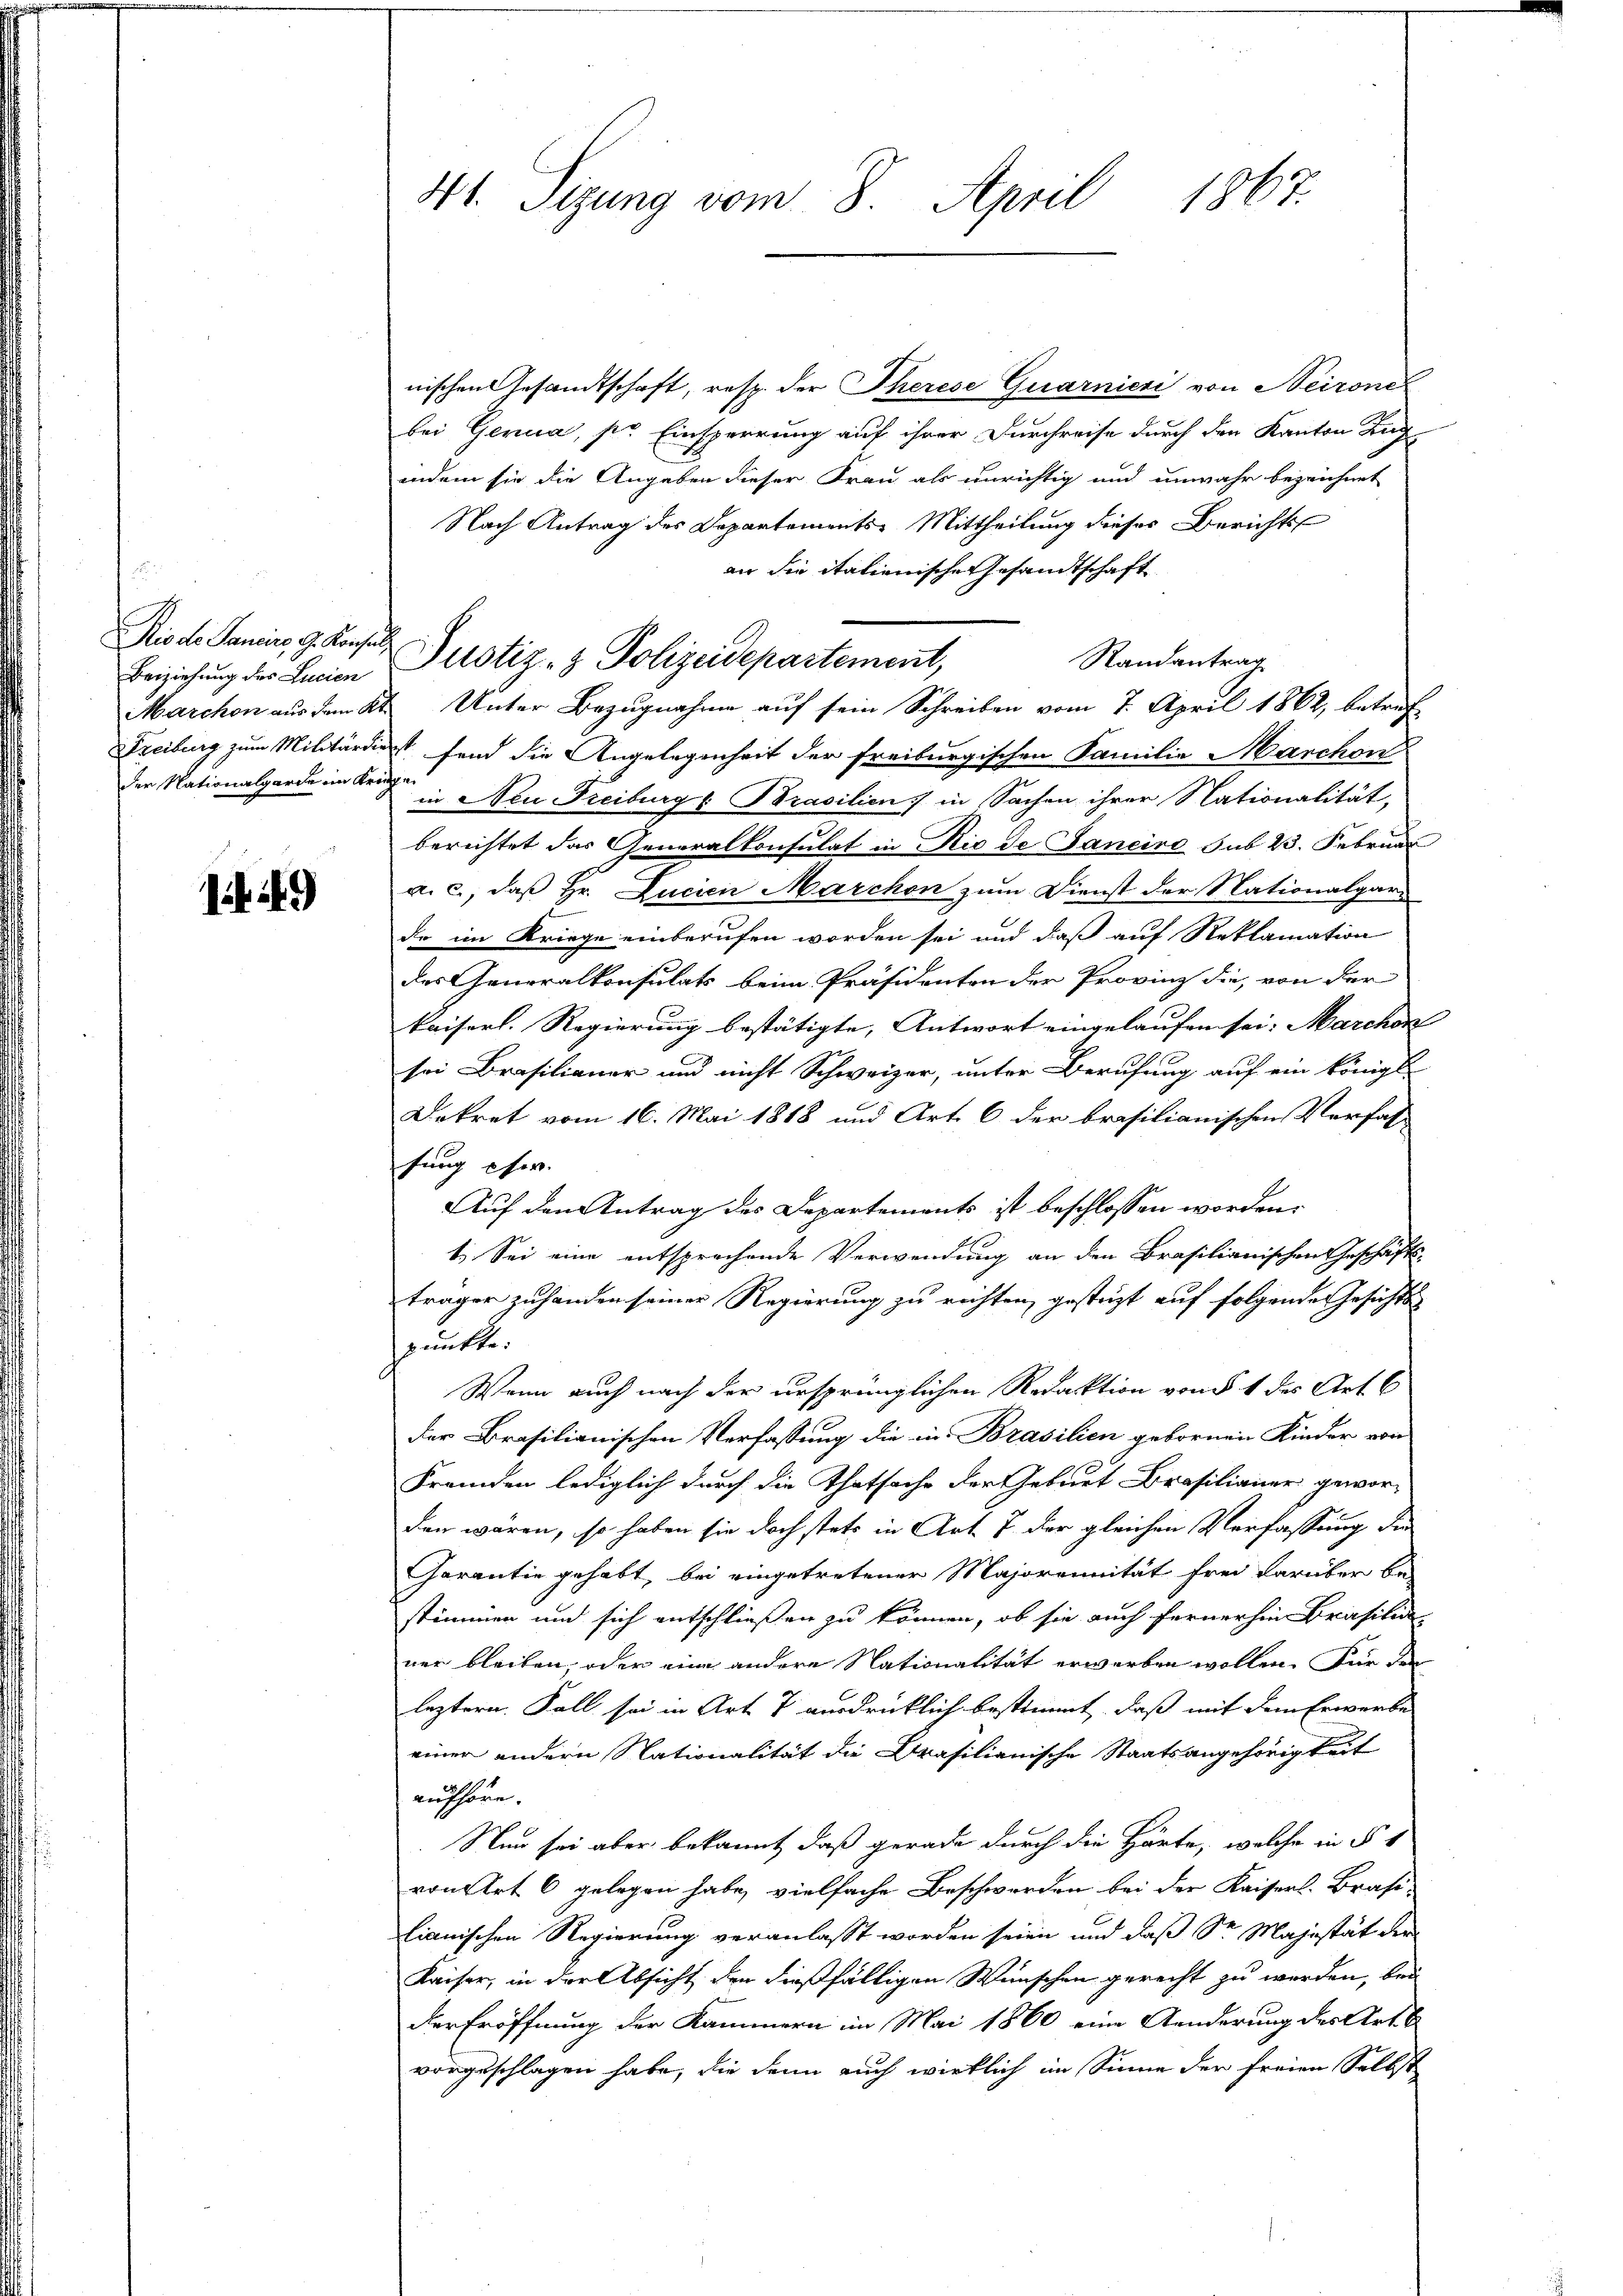
Beiziehung des Lucien
der Nationalgarde im Kriege

1249)

41. Sizung vom 8. April 1867.

nischen Gesandtschaft, resp. der Therese Quarnieri von Neironi
bei Genua, pr Einsperrung auf ihrer Durchreise durch den Kanton Zug
indem sie die Angeben dieser Frau als unrichtig und unwahr bezeichnet
Nach Antrag des Departements-Mittheilung dieses Berichts
an die italienischer Gesandtschaft
Rische Sanin, 9. Konsen Pustiz- & Polizeidepartement,
Randantrag
Marchon aus dem Kt. Unter Bezugnahme auf sein Schreiben vom 7. April 1862, betref
Freiburg zum Militärdienst fand die Angelegenheit der freiburgischen Familie Marchon
in Neu Freiburgs Brasilien) in Sachen ihrer Nationalität,
berichtet das Generalkonsulat in Rio de Janeiro sub 23. Februar
a. c., daß Hr. Lucian Marchen zum Dienst der Nationalgarde im Kriege einberufen worden sei und daß auf Reklamation
des Generalkonsulats beim Präsidenten der Provinz die, von der
kaiserl. Regierung bestätigte, Antwort eingelaufen sei. Marchen |
sei Brasilianer und nicht Schweizer, unter Berufung auf ein königl.
Dekret vom 16. Mai 1818 und Art. 6 der brasilianischen Verfas-
fung eher.
Auf den Antrag des Departements ist beschlossen worden.
1.) Sei eine entsprechende Verwendung an den Brasilianischen Geschäfts-
träger zu handen seiner Regierung zu richten, gesteigt auf folgende Gesichts
spunkte.
Wenn auch nach der ursprünglichen Redaktion von 1 des Art 6
der Brasilianischen Verfassung die in Brasilien gebornen Kinder von
Fremden lediglich durch die Thatsache der Geburt Brasilianer geworden wären, so haben sie doch stete in Art. 7 der gleichen Verfassung die
Garantie gehabt, bei eingetretener Majorennität frei darüber be-
stimmen und sich entschließen zu können, ob sie auch fernerhin Brasilia
ner bleiben, oder eine andere Nationalität erworben wollen. Für den
leztern. Fall sei in Art. 7 ausdrücklich bestimmt, daß mit dem Erwerbe
einer andern Nationalität die Drasilienische Staatsangehörigkeit
aufhöre.
Nun sei aber bekannt, daß gerade durch die Härte, welche in § 1
von Art 6 gelegen habe, vielfache Beschwerden bei der Kaiserl. Brasi-
lianischen Regierung veranlasst worden seien und daß Sr. Majestät der
Kaiser, in der Absicht den dießfälligen Wünschen gerecht zu werden, bei
der Eröffnung der Kammern im Mai 1860 eine Aenderung des Art. 6
vorgeschlagen habe, die denn auch wirklich im Sinne der freien Selbst